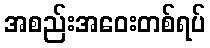
အစည်းအဝေးတစ်ရပ်